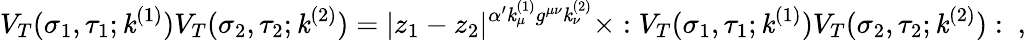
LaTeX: V_{T}(\sigma_{1},\tau_{1};\mathit{k}^{(1)})V_{T}(\sigma_{2},\tau_{2};\mathit{k}^{(2)})=|z_{1}-z_{2}|^{\alpha^{\prime}\mathit{k}_{\mu}^{(1)}g^{\mu\nu}\mathit{k}_{\nu}^{(2)}}\times:V_{T}(\sigma_{1},\tau_{1};\mathit{k}^{(1)})V_{T}(\sigma_{2},\tau_{2};\mathit{k}^{(2)}):~,